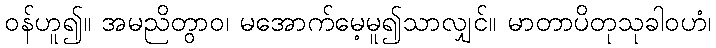
ဝန်ဟူ၍။ အမညိတွာဝ၊ မအောက်မေ့မူ၍သာလျှင်။ မာတာပိတုသုခါဝဟံ၊